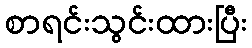
စာရင်းသွင်းထားပြီး